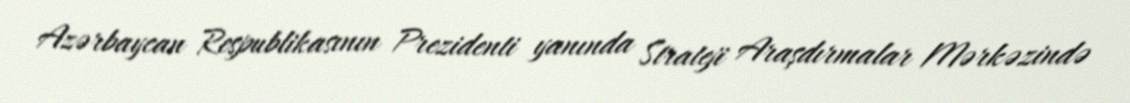
Azərbaycan Respublikasının Prezidenti yanında Strateji Araşdırmalar Mərkəzində